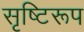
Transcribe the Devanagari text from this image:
सृष्टिरूप